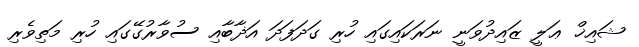
ޝައިޚް ޢަލީ ޒައިދުވަނީ ނަރަކައިގައި ހުރި ގަދަފަދަ އަޛާބާއި ސުވާރުގޭގައި ހުރި މަތިވެރި